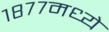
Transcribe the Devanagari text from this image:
१८७७मध्ये